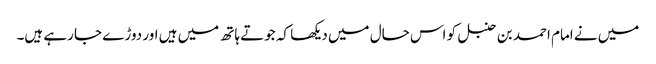
میں نے امام احمد بن حنبل کو اس حال میں دیکھا کہ جوتے ہاتھ میں ہیں اور دوڑے جا رہے ہیں۔